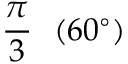
{ \frac { \pi } { 3 } } \ \ ( 6 0 ^ { \circ } )